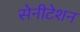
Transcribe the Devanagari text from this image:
सेनीटेशन